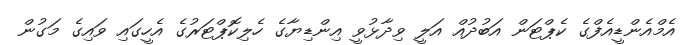
އެމްއެންޑީއެފްގެ ކެޕްޓަން އަބުދުއް އަލީ ވިދާޅުވީ އިންޑިޔާގެ ހެލިކޮޕްޓަރުގެ އެހީގައި ވައިގެ މަގުން